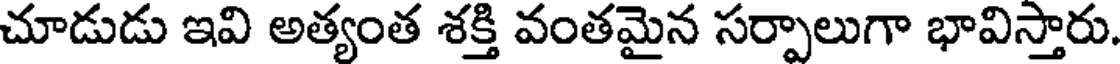
చూడుడు ఇవి అత్యంత శక్తి వంతమైన సర్పాలుగా భావిస్తారు.